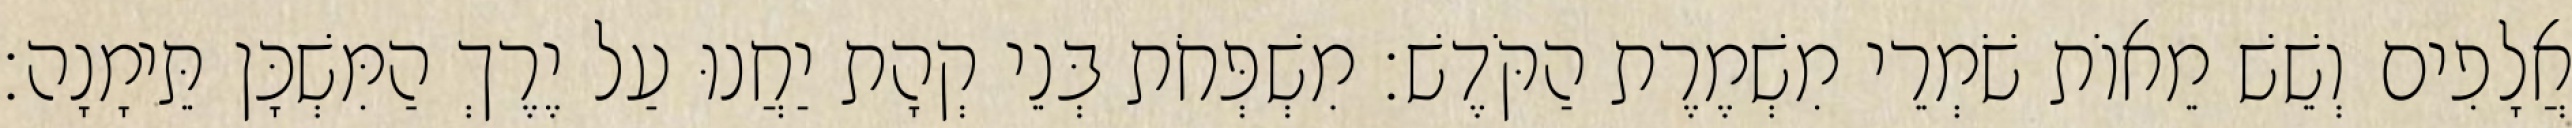
אֲלָפִים וְשֵׁשׁ מֵאוֹת שֹׁמְרֵי מִשְׁמֶרֶת הַקֹּדֶשׁ׃ מִשְׁפְּחֹת בְּנֵי קְהָת יַחֲנוּ עַל יֶרֶךְ הַמִּשְׁכָּן תֵּימָנָה׃